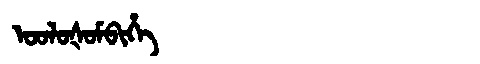
Manchu: ᠣᠣᠯᠣᡧᠣᠮᠪᡳᡥᡝ
Romanization: OOLOŠOMBIHE